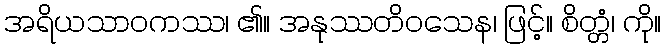
အရိယသာဝကဿ၊ ၏။ အနုဿတိဝသေန၊ ဖြင့်။ စိတ္တံ၊ ကို။